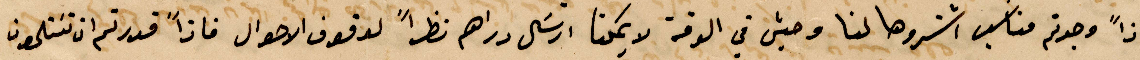
غذًا وجدتم مناسب اشتروها لنا وحين في الوقت لا يكننا ارسال دراهم نظرًا لوقوف الأحوال فاذًا قدرتم ان تستلمون